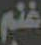
غنم